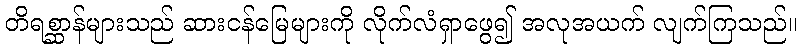
တိရစ္ဆာန်များသည် ဆားငန်မြေများကို လိုက်လံရှာဖွေ၍ အလုအယက် လျက်ကြသည်။